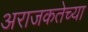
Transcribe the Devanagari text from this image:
अराजकतेच्या